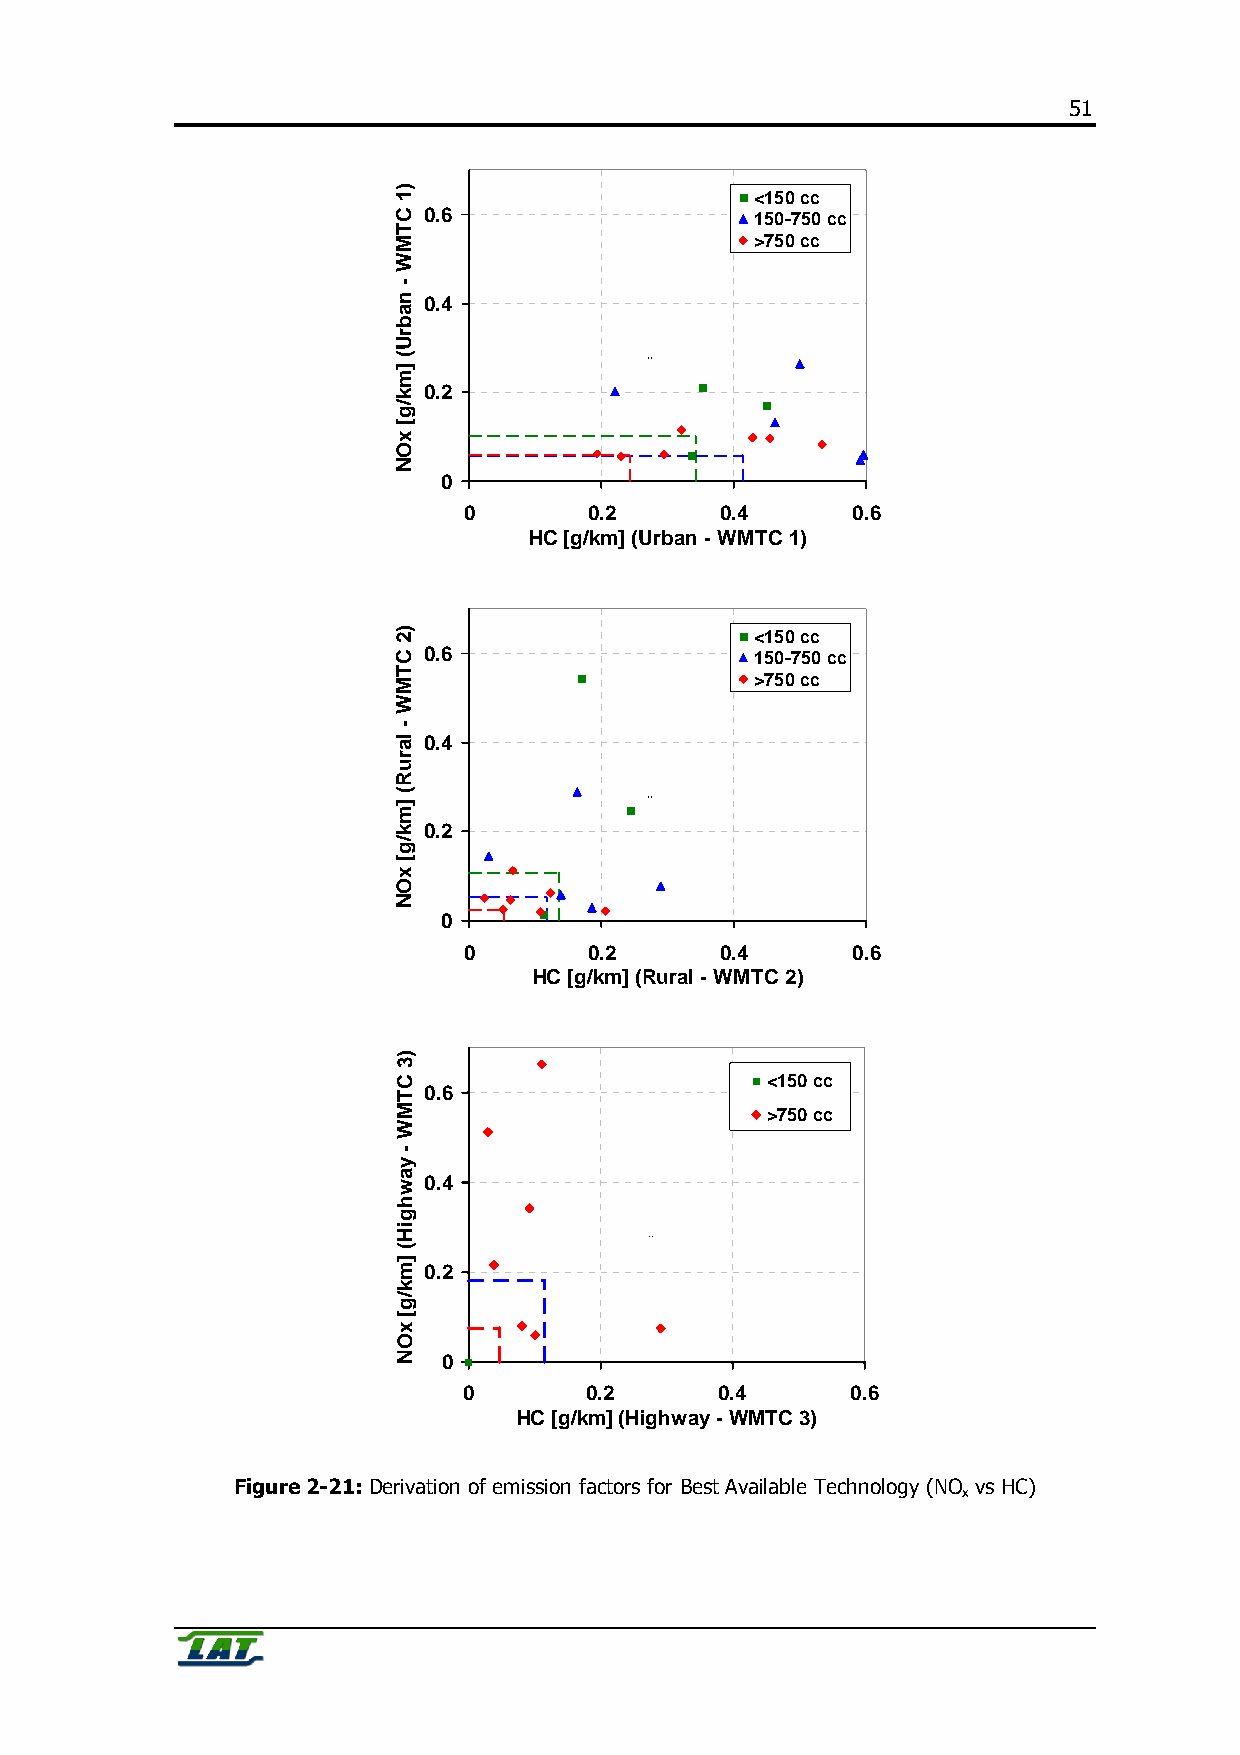
51
 <150 cc
 0.6                   150-750 cc
 >750 cc
 0.4
 ``
 0.2
 0
 0       0.2      0.4     0.6
 HC [g/km] (Urban - WMTC 1)
 <150 cc
 0.6                   150-750 cc
 >750 cc
 0.4
 ``
 0.2
 0
 0       0.2      0.4     0.6
 HC [g/km] (Rural - WMTC 2)
 <150 cc
 0.6
 >750 cc
 0.4
 ``
 0.2
 0
 0       0.2      0.4     0.6
 HC [g/km] (Highway - WMTC 3)
 Figure 2-21: Derivation of emission factors for Best Available Technology (NO vs HC)
 x
 )1
 CTMW
 -
 nabrU(
 ]mk/g[
 xON
 )2
 CTMW
 -
 laruR(
 ]mk/g[
 xON
 )3
 CTMW
 -
 yawhgiH(
 ]mk/g[
 xON